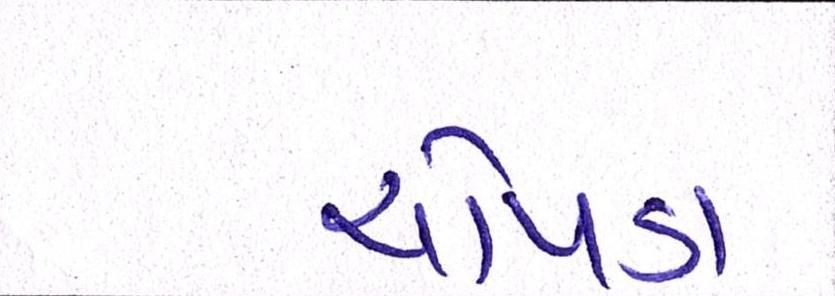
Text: ચોપડા